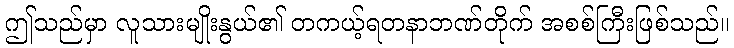
ဤသည်မှာ လူသားမျိုးနွယ်၏ တကယ့်ရတနာဘဏ်တိုက် အစစ်ကြီးဖြစ်သည်။